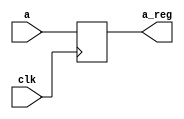
module A_reg(clk,a,a_reg);
  input clk;
  input[31:0] a;
  output reg[31:0] a_reg;
  always@(posedge clk)
    a_reg<=a;
endmodule